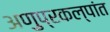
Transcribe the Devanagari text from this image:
अणुप्रकल्पांत